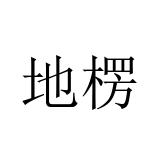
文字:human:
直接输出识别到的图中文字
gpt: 地楞